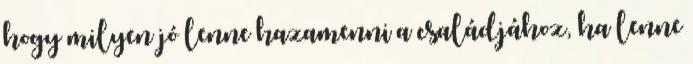
hogy milyen jó lenne hazamenni a családjához, ha lenne